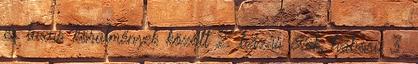
és luxus körülmények között 2. házas évek, háború 3.